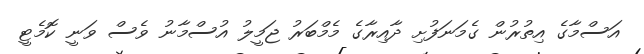
އަސްމާގެ އިތުރުން ގެމަނަފުށި ދާއިރާގެ މެމްބަރު ޖަމީލު އުސްމާނު ވެސް ވަނީ ކޮމެޓީ